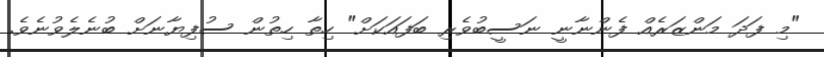
"މި ފަދަ މަންޒަރެއް ފެންނާނީ ނަސީބުވެރި ބަފައަކަށް" ހިތާ ހިތުން ސުފިޔާނަށް ބުނެލެވުނެވެ.